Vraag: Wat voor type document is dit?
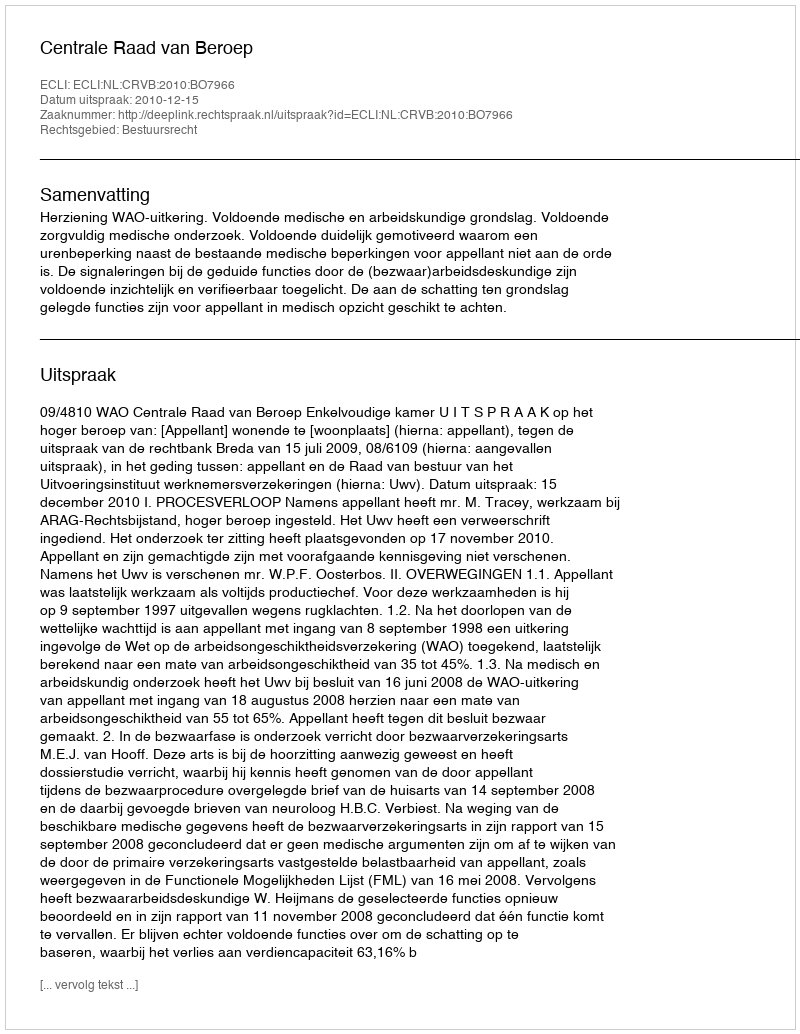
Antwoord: Uitspraak